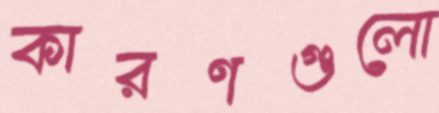
কারণগুলো